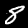
Label: 8